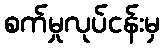
စက်မှုလုပ်ငန်းမှ